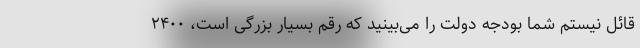
قائل نیستم شما بودجه دولت را می‌بینید که رقم بسیار بزرگی است، ۲۴۰۰